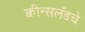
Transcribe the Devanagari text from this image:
क्वीन्सलँडचे